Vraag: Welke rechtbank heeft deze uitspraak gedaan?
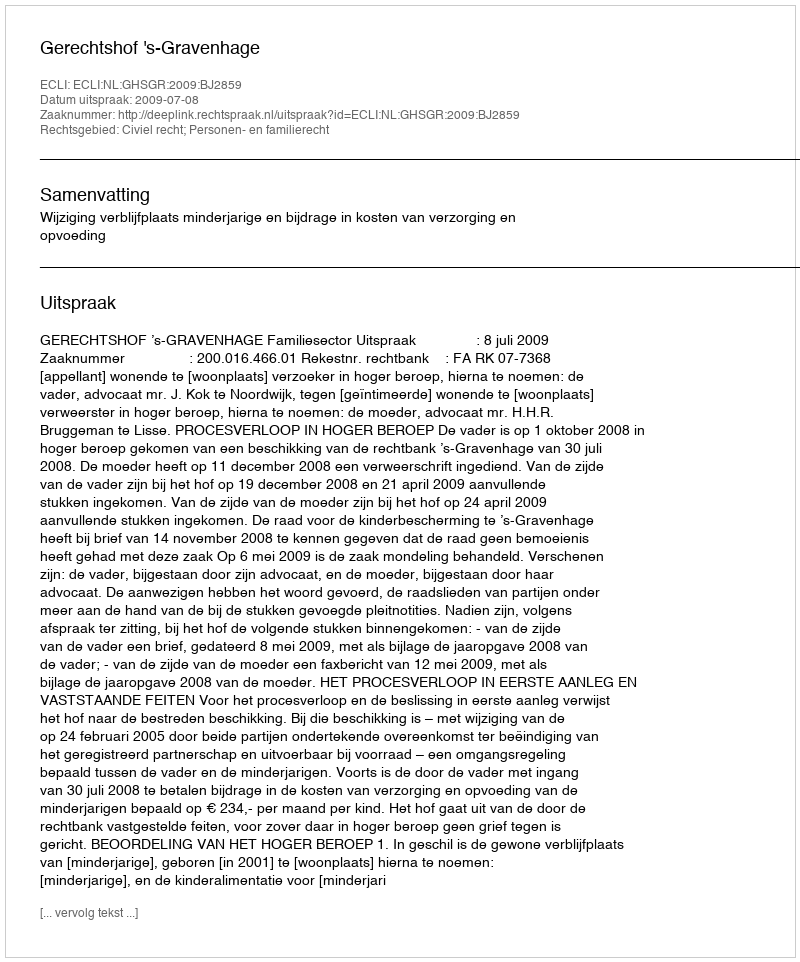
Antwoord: Gerechtshof 's-Gravenhage